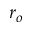
r _ { o }